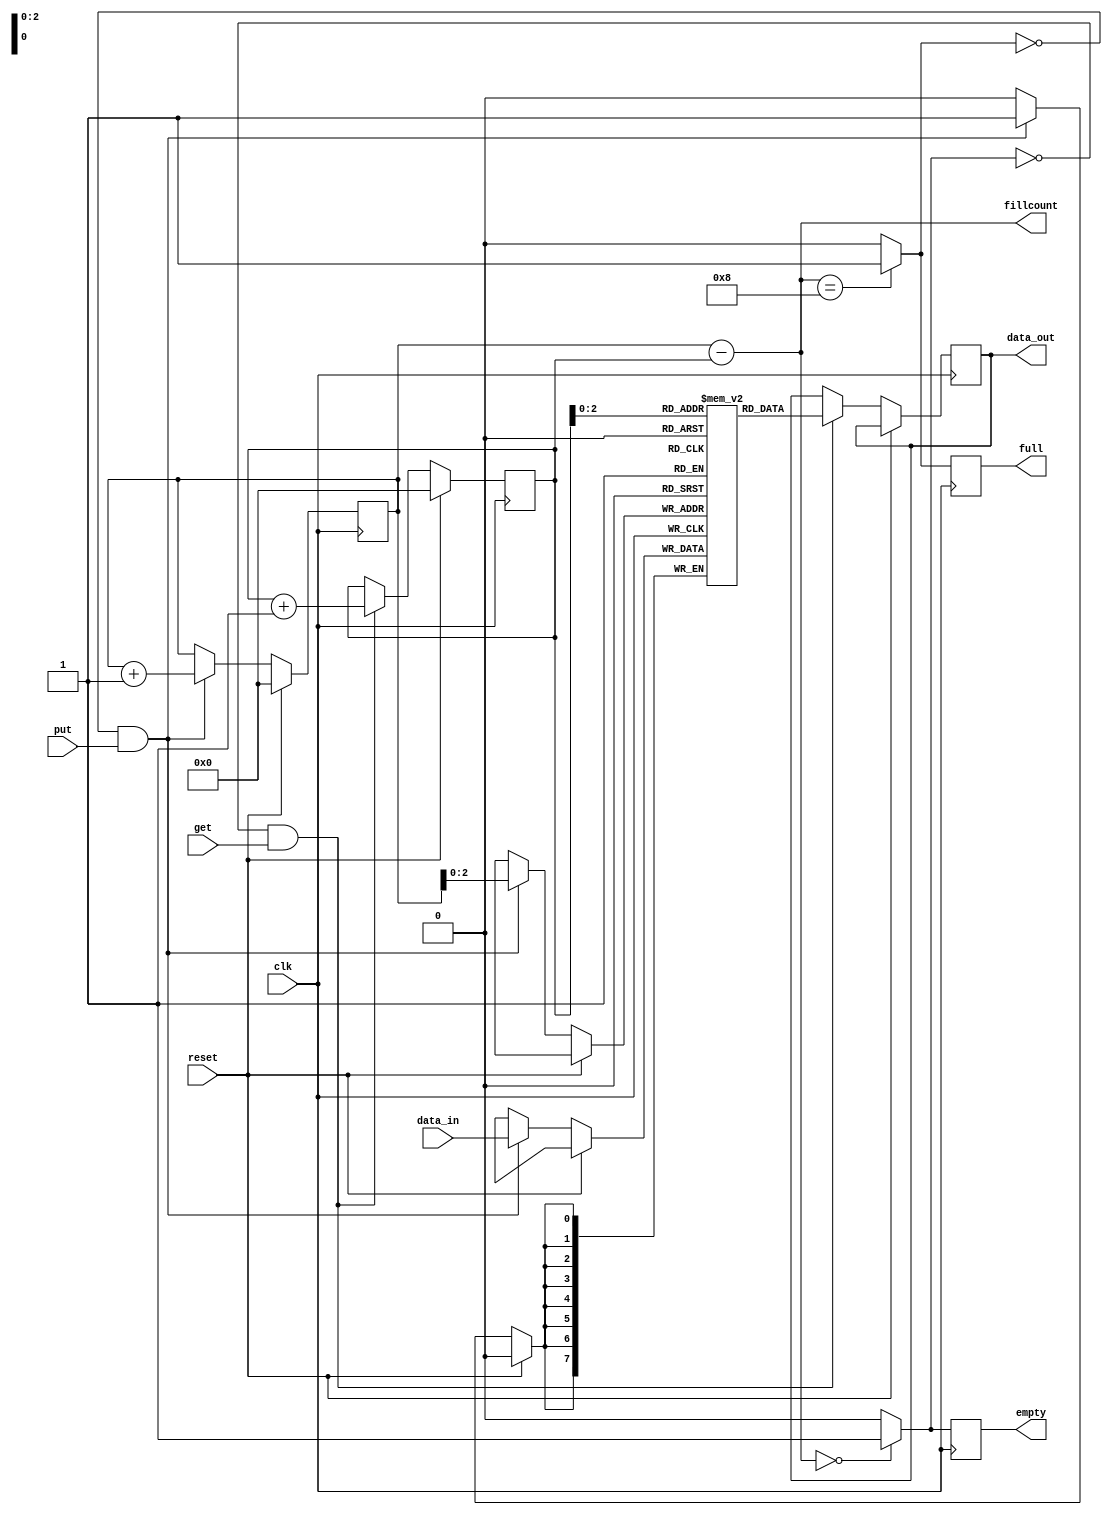

module FIFO (clk, reset, data_in, put, get, data_out, fillcount, empty, full); 

//----------parameters--------------

parameter ADDR_WIDTH = 3;
parameter DEPTH_P2 = 1 << ADDR_WIDTH;
parameter WIDTH = 8;

//-----------------------------------

input [WIDTH-1:0] data_in;
input put, get, reset, clk; 
output [ADDR_WIDTH : 0] fillcount; 
output empty, full; 
output [WIDTH-1 :0] data_out;

reg empty,full;
reg [WIDTH-1:0]data_out;
reg [WIDTH-1:0] fifo [DEPTH_P2-1:0];

//----------------------------------------
// ------------additional registers-------

reg [ADDR_WIDTH : 0]rd_ptr;
reg [ADDR_WIDTH : 0]wr_ptr;

//reg [ADDR_WIDTH : 0]depth;
reg putq;
reg getq;
reg full_int;
reg empty_int;

parameter zeroes  = 4'b0000;
parameter A1_zeroes = 4'b1000;
// ---------------------------------------

assign fillcount = wr_ptr - rd_ptr;

always @ (fillcount)
begin

empty_int <= 1'b0;
full_int <= 1'b0;

	if (fillcount == zeroes) begin
	empty_int <= 1'b1;
	end
	if (fillcount == A1_zeroes) begin
	full_int <= 1'b1;
	end
	
end
always @ (posedge clk)
begin
	if (reset == 1'b1) begin
		wr_ptr <= zeroes;
		rd_ptr <= zeroes;
	end
	else begin
		if ((full_int == 1'b0) && (put == 1'b1)) begin
		fifo[wr_ptr[ADDR_WIDTH-1:0]] <= data_in;
		wr_ptr <= wr_ptr + 1;
		end
		if ((empty_int == 1'b0) && (get == 1'b1)) begin
		data_out <= fifo[rd_ptr[ADDR_WIDTH-1 :0]];
		rd_ptr <= rd_ptr + 1;
		end
	end	
		empty <= empty_int;
		full <= full_int;
end



endmodule